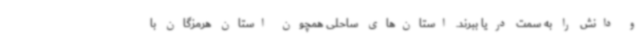
و دانش را به سمت دریا ببرند. استان‌های ساحلی همچون استان هرمزگان با